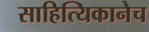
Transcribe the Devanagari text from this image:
साहित्यिकानेच